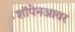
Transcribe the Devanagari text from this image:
शॉपेनआवर